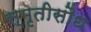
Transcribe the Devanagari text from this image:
स्मृतीसौध